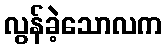
လွန်ခဲ့သောလက